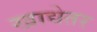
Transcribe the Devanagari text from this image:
खाद्येतर